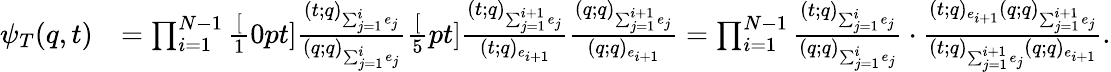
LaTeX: \begin{array}{rl}{\psi_{T}(q,t)}&{=\prod_{i=1}^{N-1}\frac[10pt]{\frac{(t;q)_{\sum_{j=1}^{i}e_{j}}}{(q;q)_{\sum_{j=1}^{i}e_{j}}}}{\frac[5pt]{\frac{(t;q)_{\sum_{j=1}^{i+1}e_{j}}}{(t;q)_{e_{i+1}}}}{\frac{(q;q)_{\sum_{j=1}^{i+1}e_{j}}}{(q;q)_{e_{i+1}}}}}=\prod_{i=1}^{N-1}\frac{(t;q)_{\sum_{j=1}^{i}e_{j}}}{(q;q)_{\sum_{j=1}^{i}e_{j}}}\cdot\frac{(t;q)_{e_{i+1}}(q;q)_{\sum_{j=1}^{i+1}e_{j}}}{(t;q)_{\sum_{j=1}^{i+1}e_{j}}(q;q)_{e_{i+1}}}.}\end{array}